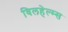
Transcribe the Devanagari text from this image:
विलहेल्म्स